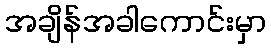
အချိန်အခါကောင်းမှာ